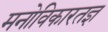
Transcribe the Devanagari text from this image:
मनोविकारतज्ञ